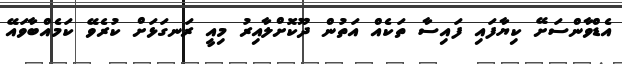
އެޑްވާންސަށޭ ކިޔާފައި ފައިސާ ތަކެއް އަތުން ދޫކޮށްލާއިރު މިއީ ރަނގަޅަށް ކުރެވޭ ކަމެއްބާވައޭ